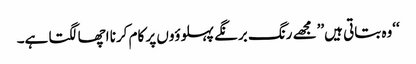
‘‘وہ بتاتی ہیں’’مجھے رنگ برنگے پہلوؤوں پر کام کرنا اچھا لگتا ہے۔